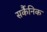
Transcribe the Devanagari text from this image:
सर्कैनिक